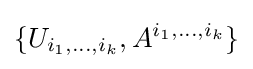
\{U_{i_{1},\dots ,i_{k}},A^{i_{1},\dots ,i_{k}}\}